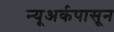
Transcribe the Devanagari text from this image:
न्यूअर्कपासून